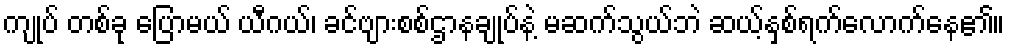
ကျုပ် တစ်ခု ပြောမယ် ယီဂယ်၊ ခင်ဗျားစစ်ဌာနချုပ်နဲ့ မဆက်သွယ်ဘဲ ဆယ့်နှစ်ရက်လောက်နေ၏။